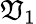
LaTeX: \mathfrak{V}_{1}